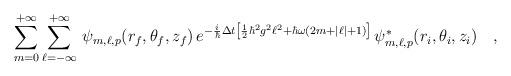
LaTeX: \begin{align*}\sum_{m=0}^{+\infty}\sum_{\ell=-\infty}^{+\infty}\,\psi_{m,\ell,p}(r_f,\theta_f,z_f)\,e^{-\frac{i}{\hbar}\Delta t\left[\frac{1}{2}\hbar^2 g^2\ell^2+\hbar\omega(2m+|\ell|+1)\right]}\,\psi^*_{m,\ell,p}(r_i,\theta_i,z_i)\ \ \ ,\end{align*}